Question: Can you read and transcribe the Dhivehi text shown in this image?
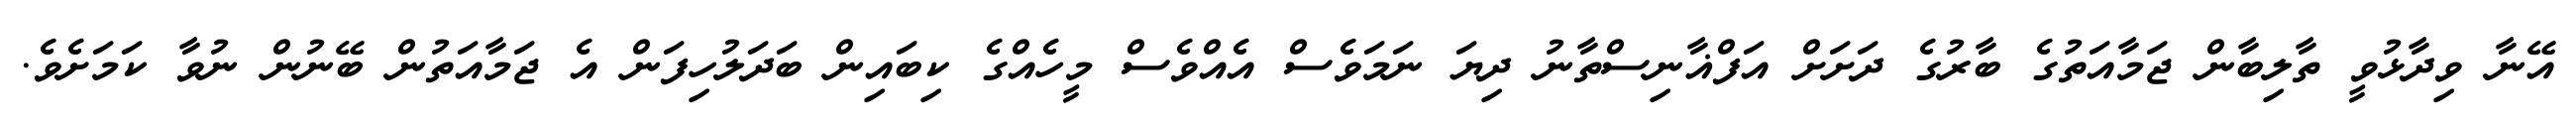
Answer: އޭނާ ވިދާޅުވީ ތާލިބާން ޖަމާއަތުގެ ބާރުގެ ދަށަށް އަފްޣާނިސްތާނު ދިޔަ ނަމަވެސް އެއްވެސް މީހެއްގެ ކިބައިން ބަދަލުހިފަން އެ ޖަމާއަތުން ބޭނުން ނުވާ ކަމަށެވެ.